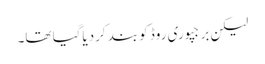
لیکن برجپوری روڈ کو بند کردیاگیا تھا۔